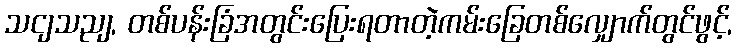
သငျသညျ, တစ်ပန်းခြံအတွင်းပြေးရတာတဲ့ကမ်းခြေတစ်လျှောက်တွင်ဖွင့်,